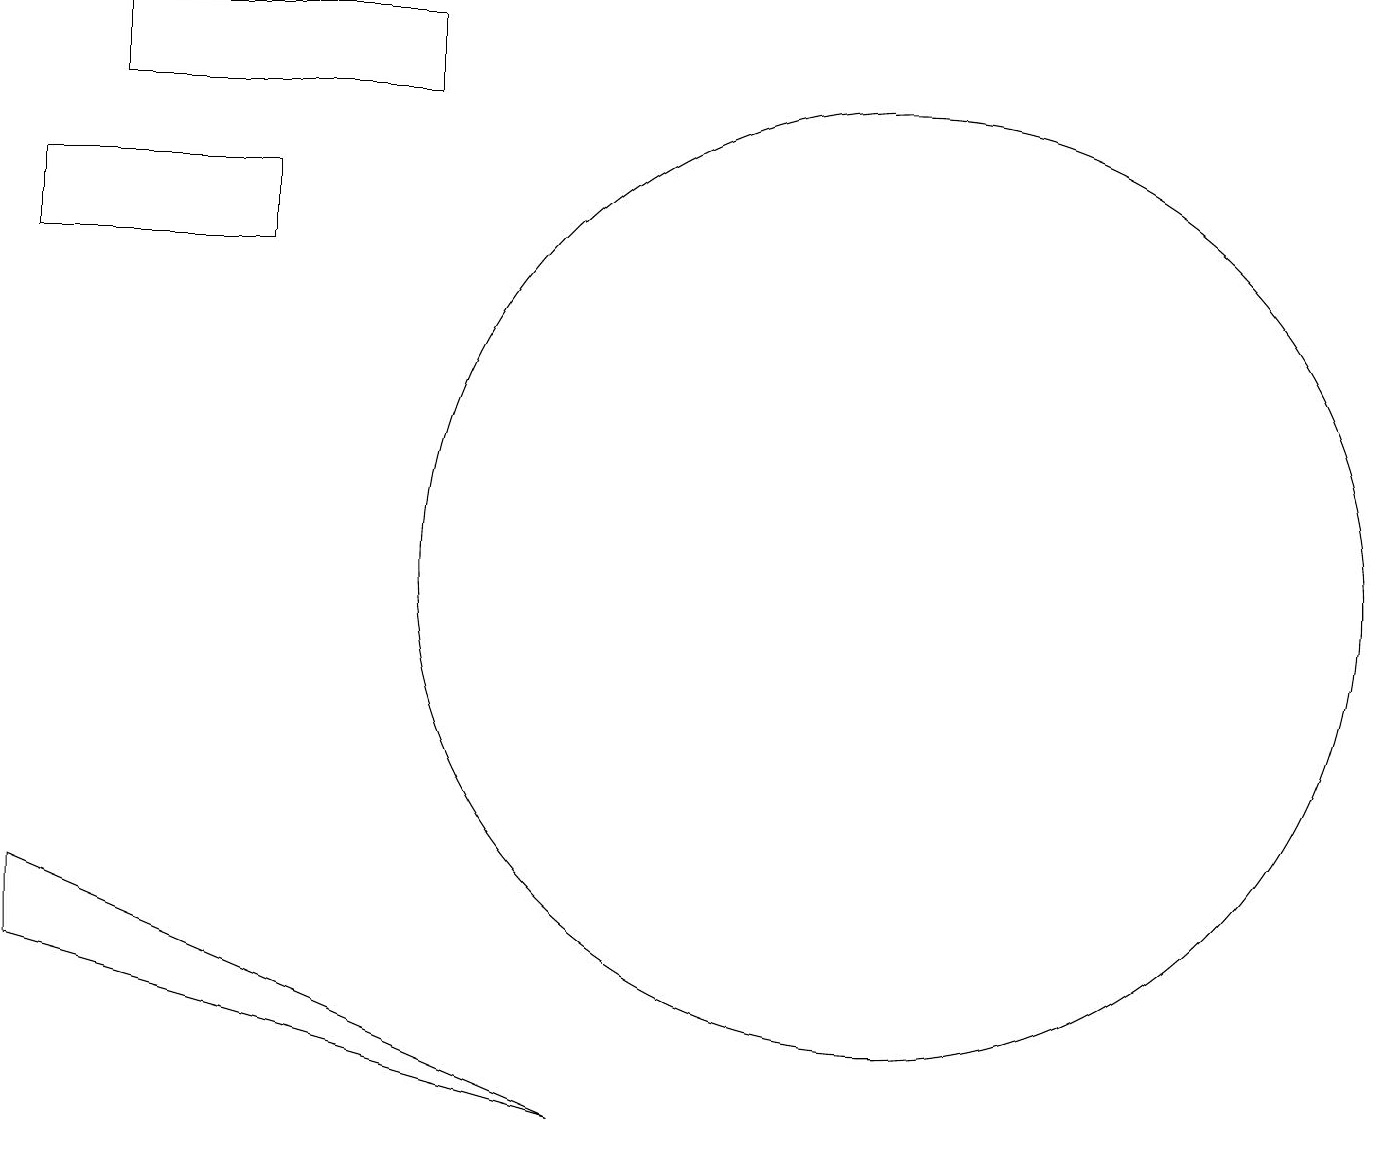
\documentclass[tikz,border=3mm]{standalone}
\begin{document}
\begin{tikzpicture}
\draw (11,10) circle (6);
\draw (5,17) rectangle (1,16);
\draw (7,3) -- (0,6) -- (0,5) -- cycle;
\draw (0,15) rectangle (3,14);
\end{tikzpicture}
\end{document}